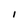
Character: I